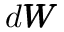
d \pmb { W }